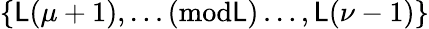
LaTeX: \{ \mathsf{L}(\mu+1),\ldots(\textrm{{mod}}\mathsf{L})\ldots,\mathsf{L}(\nu-1)\}